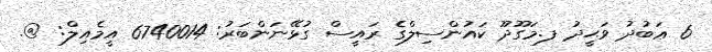
6 ޢަބުދު ވަޙީދު ފ.މަގޫދޫ ކައުންސިލްގެ ރައީސް ގުޅޭނަންބަރު: 6740014 އީމެއިލް: @.